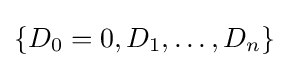
\{D_{0}=0,D_{1},\ldots ,D_{n}\}